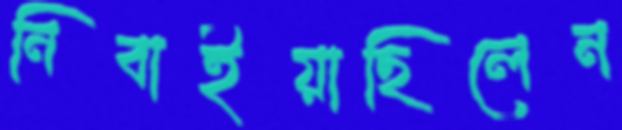
নিবাইয়াছিলেন